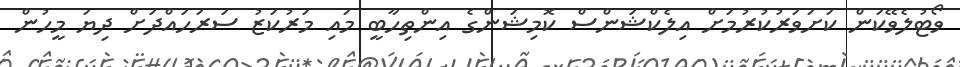
ވޯޓުލެވޭކަން ކަށަވަރުކުރުމަށް އިލެކްޝަންސް ކޮމިޝަންގެ އިންތިހާބީ މައި މަރުކަޒު ސަރަހައްދަށް ދިޔަ މީހުން